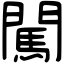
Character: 闖